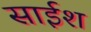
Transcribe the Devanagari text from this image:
साईश